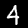
Digit: 4